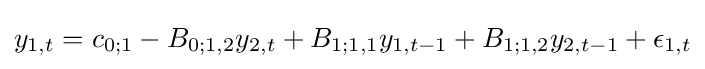
y_{1,t}=c_{0;1}-B_{0;1,2}y_{2,t}+B_{1;1,1}y_{1,t-1}+B_{1;1,2}y_{2,t-1}+\epsilon _{1,t}